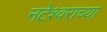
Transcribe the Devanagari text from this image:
नटेश्वराच्या